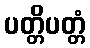
ပတ္တိပတ္တံ